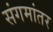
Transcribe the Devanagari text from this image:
संगमांतर